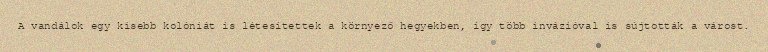
A vandálok egy kisebb kolóniát is létesítettek a környező hegyekben, így több invázióval is sújtották a várost.